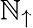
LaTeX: \mathbb{N}_{\uparrow}